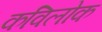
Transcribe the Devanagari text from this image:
कविलोक